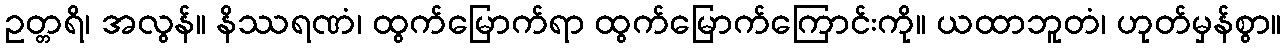
ဥတ္တရိ၊ အလွန်။ နိဿရဏံ၊ ထွက်မြောက်ရာ ထွက်မြောက်ကြောင်းကို။ ယထာဘူတံ၊ ဟုတ်မှန်စွာ။